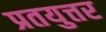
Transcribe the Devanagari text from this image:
प्रतयुत्तर